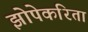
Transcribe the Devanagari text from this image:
झोपेकरिता